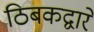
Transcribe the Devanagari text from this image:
ठिबकद्वारे